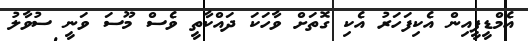
އެމްޑީޕީއިން އެކިފަހަރު އެކި ގޮތަށް ވާހަކަ ދައްކާތީ ވެސް މޫސަ ވަނީ ސުވާލު